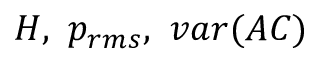
H , ~ p _ { r m s } , ~ v a r ( A C )